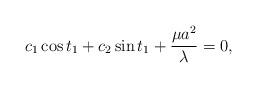
LaTeX: \begin{align*}c_1\cos t_1+c_2\sin t_1+\frac{\mu a^2}{\lambda}=0,\end{align*}